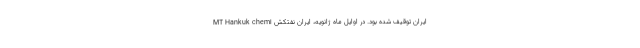
ایران توقیف شده بود. در اوایل ماه ژانویه، ایران نفتکش MT Hankuk chemi